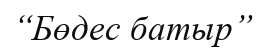
“Бөдес батыр”